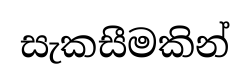
සැකසීමකින්